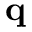
\mathbf { q }